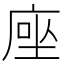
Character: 𫝶